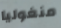
منغوليا